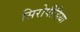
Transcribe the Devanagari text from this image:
सिरोपीडिया